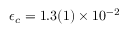
\epsilon _ { c } = 1 . 3 ( 1 ) \times 1 0 ^ { - 2 }